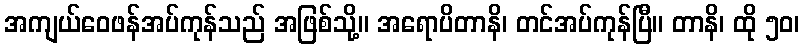
အကျယ်ဝေဖန်အပ်ကုန်သည် အဖြစ်သို့။ အရောပိတာနိ၊ တင်အပ်ကုန်ပြီ။ တာနိ၊ ထို ၅၀၊